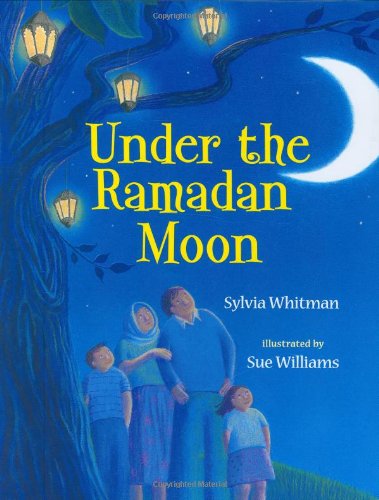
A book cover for Under the Ramadan Moon; Sylvia Whitman; Children's Books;